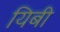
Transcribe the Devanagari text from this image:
यिबी